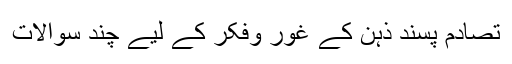
تصادم پسند ذہن کے غور وفکر کے لیے چند سوالات